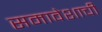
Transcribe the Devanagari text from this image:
समावेशाची